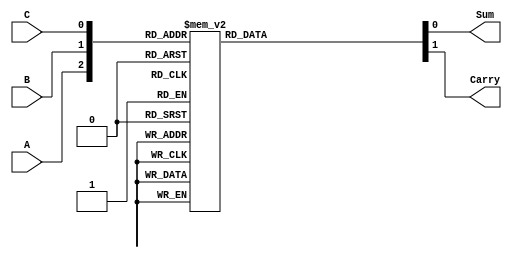
`timescale 1ns / 1ps
//////////////////////////////////////////////////////////////////////////////////
// Company: 
// Engineer: 
// 
// Design Name: 
// Module Name: FullAdder
// Project Name: 
// Target Devices: 
// Tool Versions: 
// Description: 
// 
// Dependencies: 
// 
// Revision:
// Revision 0.01 - File Created
// Additional Comments:
// 
//////////////////////////////////////////////////////////////////////////////////


module FullAdder(A, B, C, Sum, Carry);
input A, B, C;
output reg Sum, Carry;
always@(A or B or C)
begin
case ({A, B, C})
3'b000: begin Sum=1'b0; Carry=1'b0; end
3'b001: begin Sum=1'b1; Carry=1'b0; end
3'b010: begin Sum=1'b1; Carry=1'b0; end
3'b011: begin Sum=1'b0; Carry=1'b1; end
3'b100: begin Sum=1'b1; Carry=1'b0; end
3'b101: begin Sum=1'b0; Carry=1'b1; end
3'b110: begin Sum=1'b0; Carry=1'b1; end
3'b111: begin Sum=1'b1; Carry=1'b1; end
endcase
end
endmodule